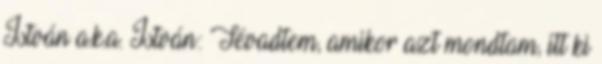
István a.k.a. István: Tévadtem, amikor azt mondtam, itt ki